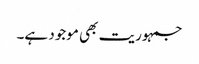
جمہوریت بھی موجود ہے۔